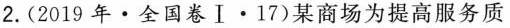
2.(2019年·全国卷Ⅰ·17)某商场为提高服务质